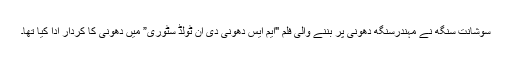
سوشانت سنگھ نے مہندرسنگھ دھونی پر بننے والی فلم "ایم ایس دھونی دی ان ٹولڈ سٹوری” میں دھونی کا کردار ادا کیا تھا۔